Indian journal of veterinary science and animal husbandry - Volume 7,
Year: 1937
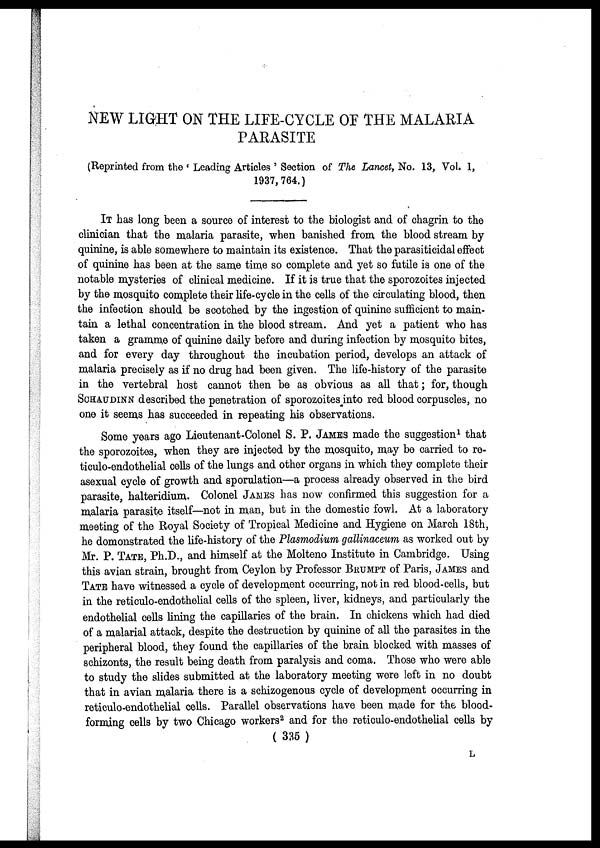
NEW LIGHT ON THE LIFE-CYCLE OF THE MALARIA
PARASITE
(Reprinted from the ' Leading Articles ' Section of The Lancet, No. 13, Vol. 1,
1937, 764.)
IT has long been a source of interest to the biologist and of chagrin to the
clinician that the malaria parasite, when banished from the blood stream by
quinine, is able somewhere to maintain its existence. That the parasiticidal effect
of quinine has been at the same time so complete and yet so futile is one of the
notable mysteries of clinical medicine. If it is true that the sporozoites injected
by the mosquito complete their life-cycle in the cells of the circulating blood, then
the infection should be scotched by the ingestion of quinine sufficient to main-
tain a lethal concentration in the blood stream. And yet a patient who has
taken a gramme of quinine daily before and during infection by mosquito bites,
and for every day throughout the incubation period, develops an attack of
malaria precisely as if no drug had been given. The life-history of the parasite
in the vertebral host cannot then be as obvious as all that; for, though
SCHAUDINN described the penetration of sporozoites into red blood corpuscles, no
one it seems has succeeded in repeating his observations.
Some years ago Lieutenant-Colonel S. P. JAMES made the suggestion 1 that
the sporozoites, when they are injected by the mosquito, may be carried to re-
ticulo-endothelial cells of the lungs and other organs in which they complete their
asexual cycle of growth and sporulation—a process already observed in the bird
parasite, halteridium. Colonel James has now confirmed this suggestion for a
malaria parasite itself—not in man, but in the domestic fowl. At a laboratory
meeting of the Royal Society of Tropical Medicine and Hygiene on March 18th,
he domonstrated the life-history of the Plasmodium gallinaceum as worked out by
Mr. P. TATE, Ph.D., and himself at the Molteno Institute in Cambridge. Using
this avian strain, brought from Ceylon by Professor BRUMPT of Paris, JAMES and
TATE have witnessed a cycle of development occurring, not in red blood-cells, but
in the reticulo-endothelial cells of the spleen, liver, kidneys, and particularly the
endothelial cells lining the capillaries of the brain. In chickens which had died
of a malarial attack, despite the destruction by quinine of all the parasites in the
peripheral blood, they found the capillaries of the brain blocked with masses of
schizonts, the result being death from paralysis and coma. Those who were able
to study the slides submitted at the laboratory meeting were left in no doubt
that in avian malaria there is a schizogenous cycle of development occurring in
reticulo-endothelial cells. Parallel observations have been made for the blood-
forming cells by two Chicago workers 2 and for the reticulo-endothelial cells by
( 335 )